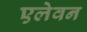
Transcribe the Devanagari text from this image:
एलेवन